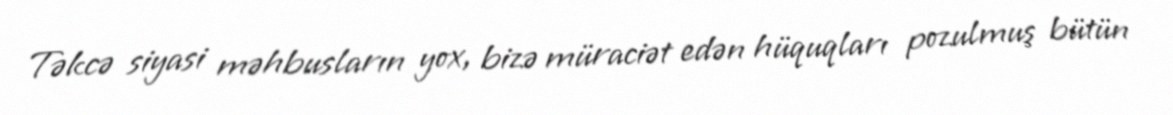
Təkcə siyasi məhbusların yox, bizə müraciət edən hüquqları pozulmuş bütün